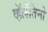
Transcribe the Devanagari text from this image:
व्हॅलेंतिनो